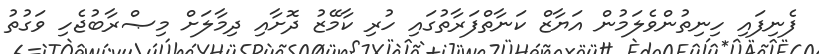
ފެނިފައި ހިނިތުންވެލަމުން އަޔާޒް ކަނާތްފަރާތުގައި ހުރި ކާމޭޒު ދޮށާއި ދިމާލަށް މިޞްރާބުޖެހި ވަގުތު